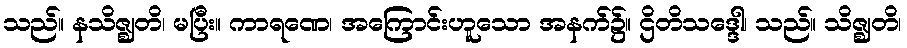
သည်။ နသိဇ္ဈတိ၊ မပြီး။ ကာရဏေ၊ အကြောင်းဟူသော အနက်၌။ ဌိတိသဒ္ဒေါ၊ သည်။ သိဇ္ဈတိ၊